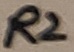
Text: R2